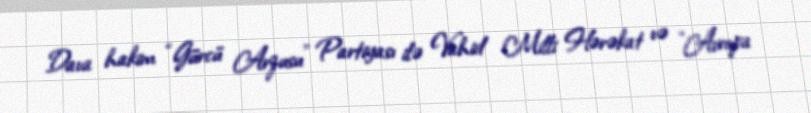
Dava hakim “Gürcü Arzusu” Partiyası ilə Vahid Milli Hərəkat və “Avropa